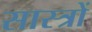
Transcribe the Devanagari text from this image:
सास्त्रों